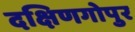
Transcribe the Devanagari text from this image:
दक्षिणगोपुर